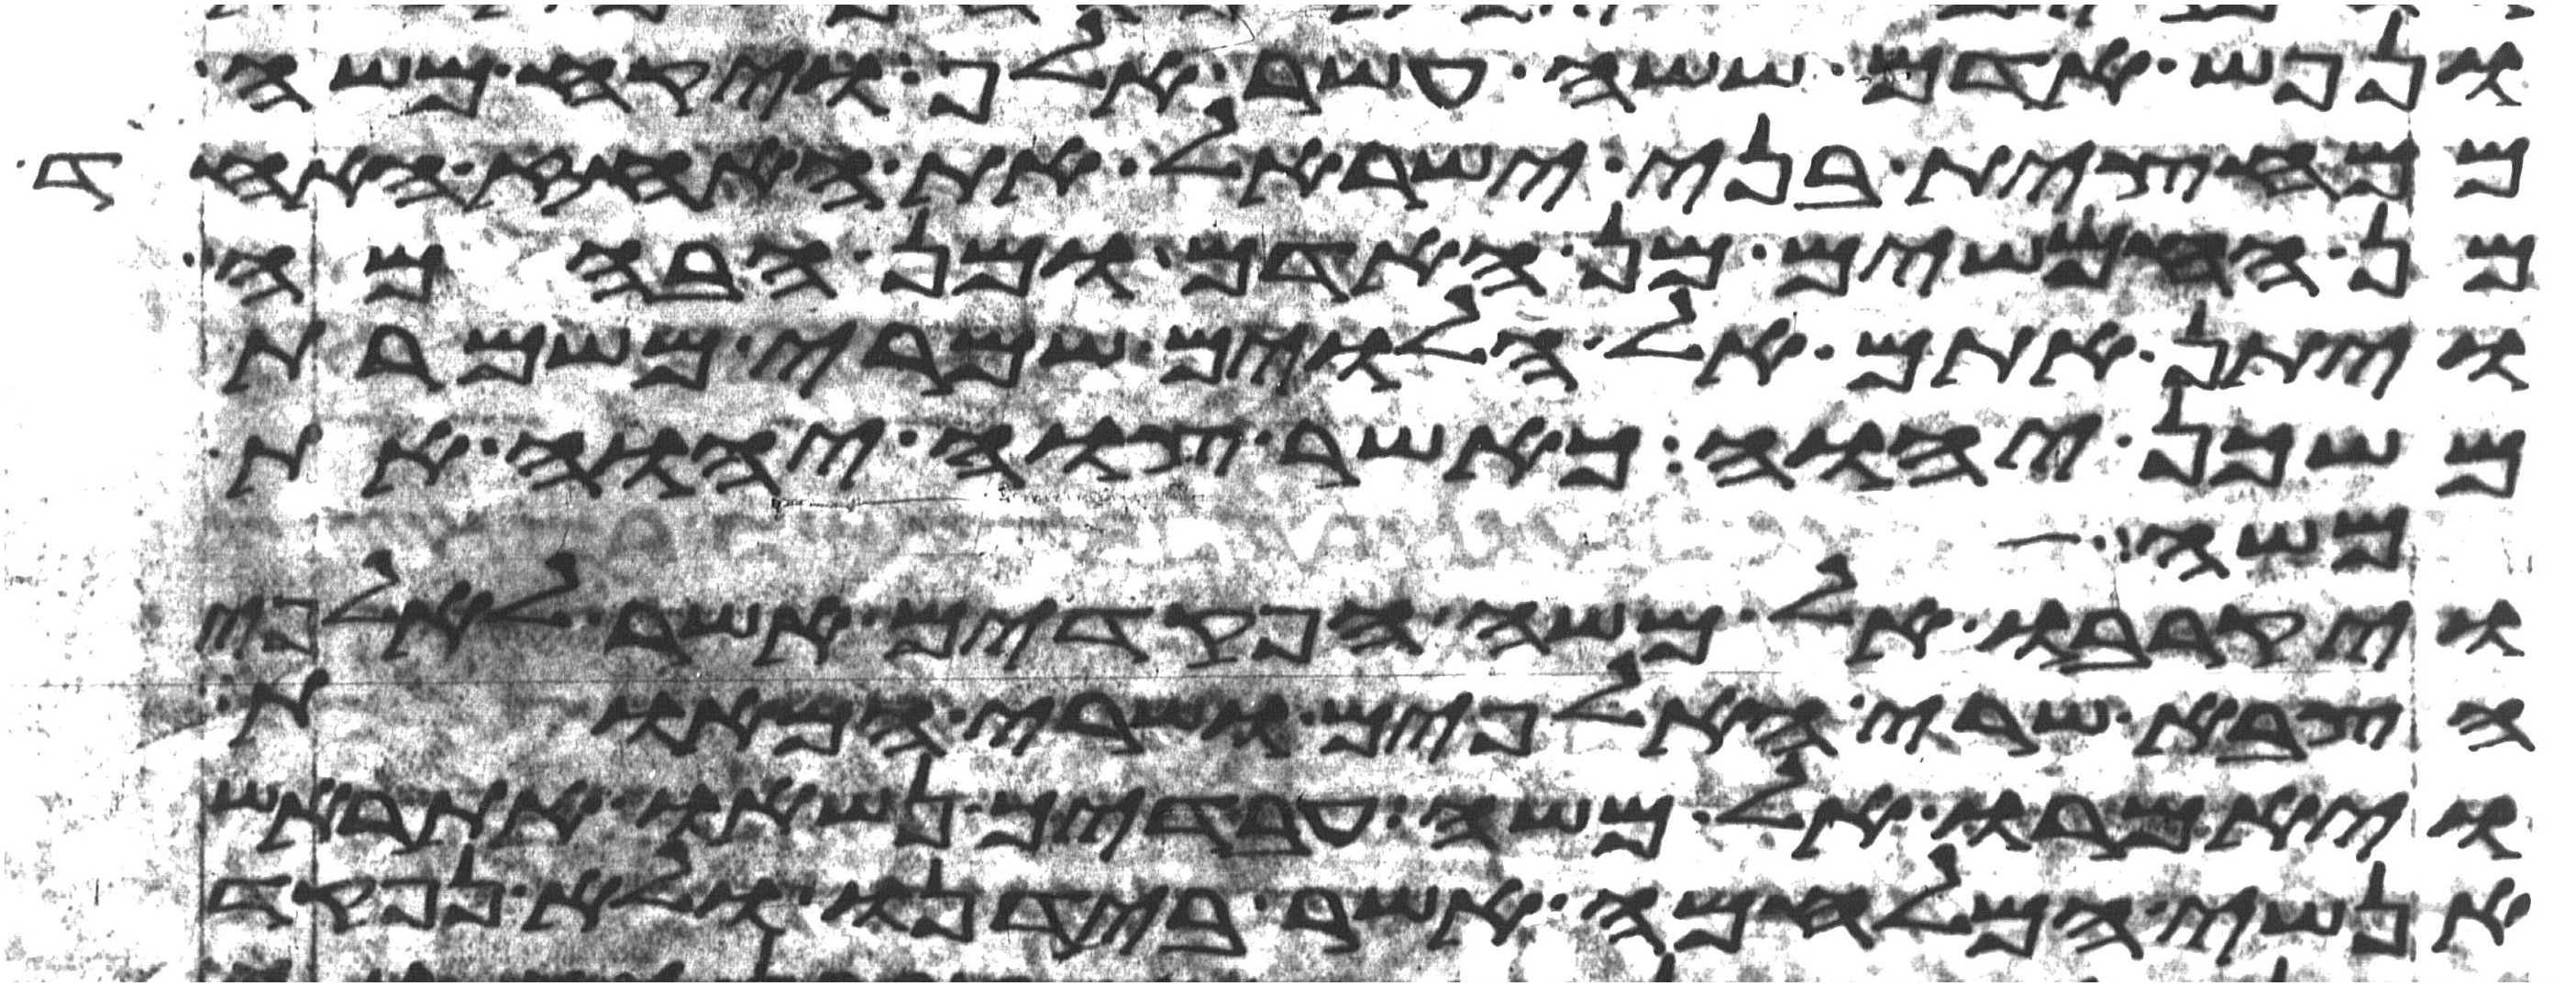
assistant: ונפש אדם ששה עשר אלף ויקח משה
ממחצית בני ישראל את האחז אחד
מן החמשים מן האדם ומן הבהמה
ויתן אתם אל הלוים שמרי משמרת
משכן יהוה כאשר צוה יהוה את
משה
ויקרבו אל משה הפקדים אשר לאלפי
הצבא שרי האלפים ושרי המאות
ויאמרו אל משה עבדיך נשאו את ראש
אנשי המלחמה אשר בידנו ולא נפקד